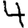
Digit: 4